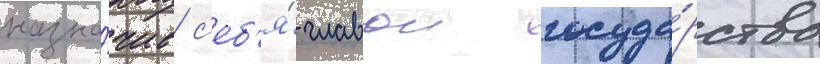
назна́чив с'еб'я́ главои госуда́рства